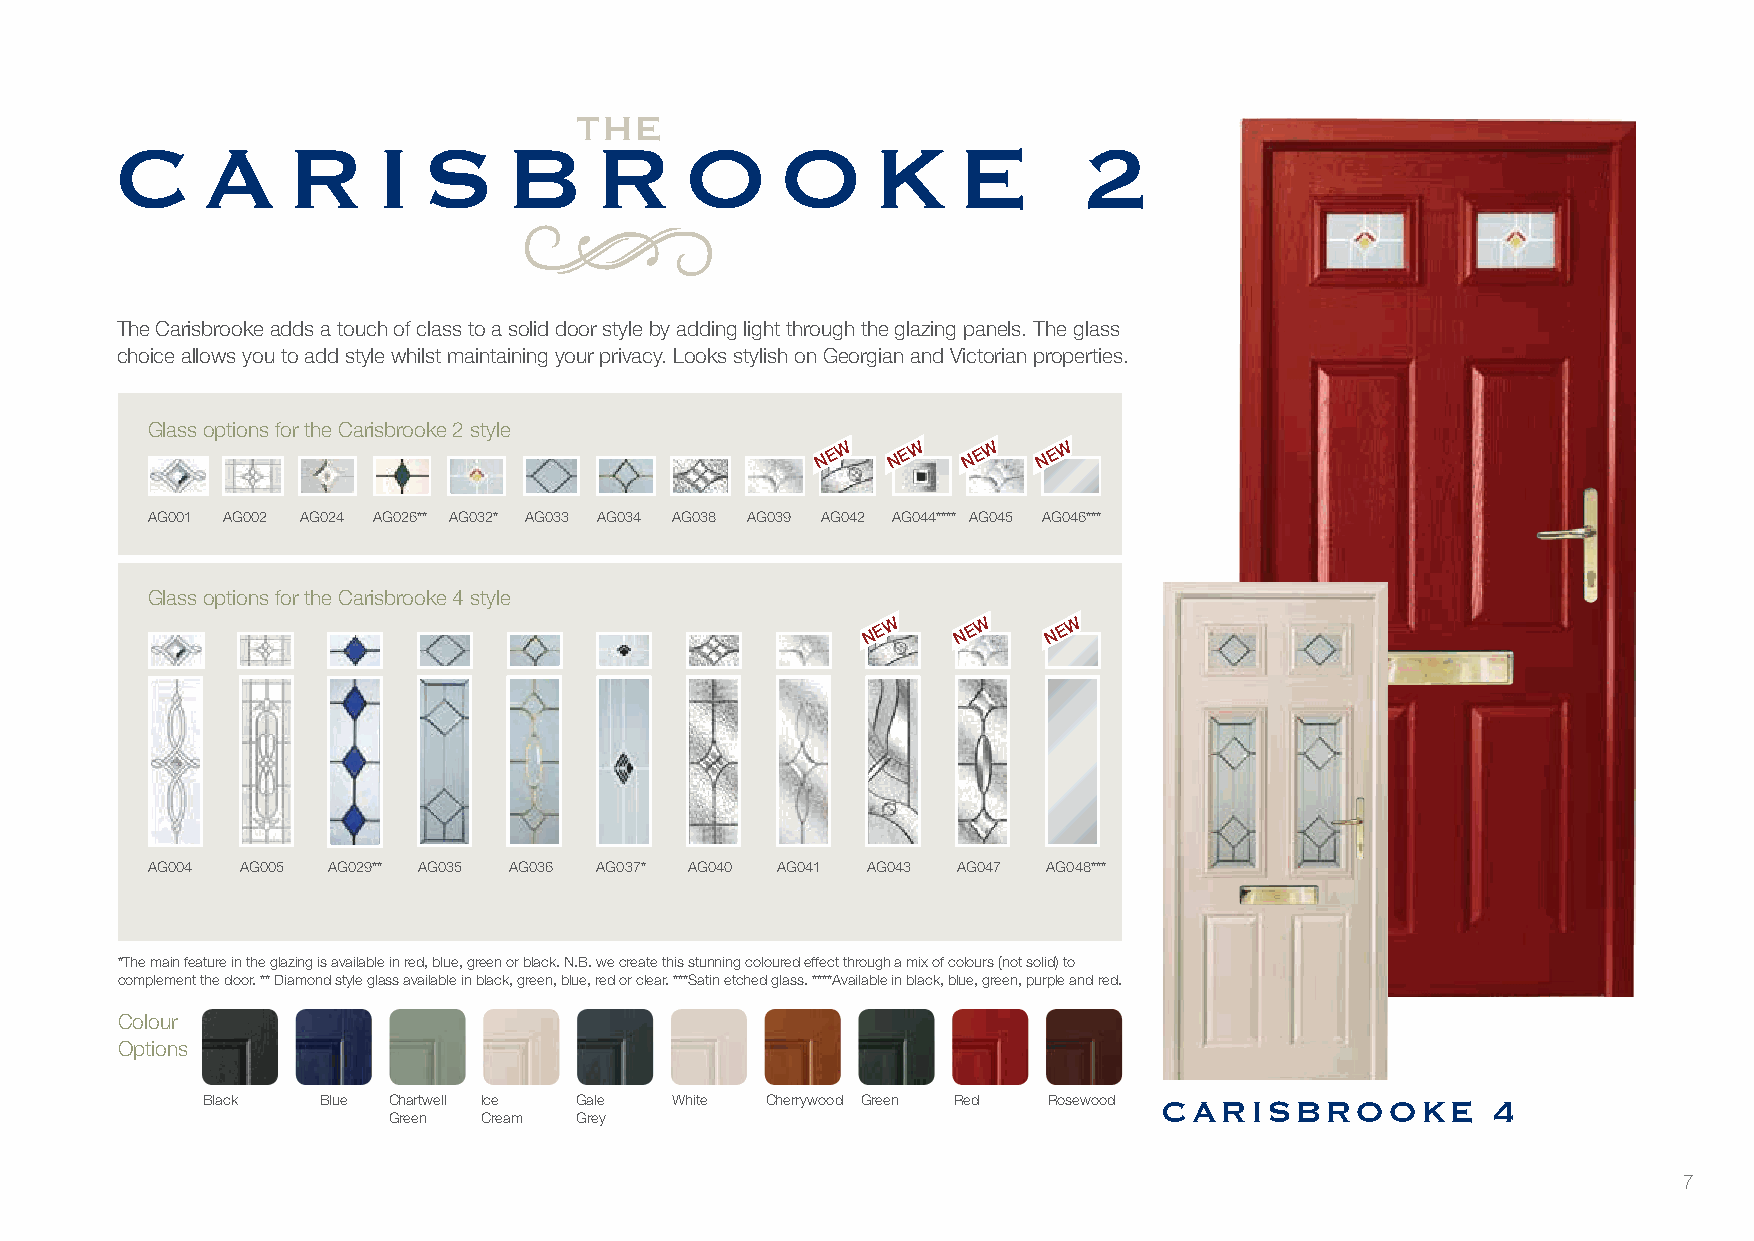
THE
 ca        r     i  sBr             o      o     kE          2
 The Carisbrooke adds a touch of class to a solid door style by adding light through the glazing panels. The glass
 choice allows you to add style whilst maintaining your privacy. Looks stylish on Georgian and Victorian properties.
 Glass options for the Carisbrooke 2 style
 W   W    W    W
 N E  N E  N E  N E
 AG001 AG002 AG024 AG026** AG032* AG033 AG034 AG038 AG039 AG042 AG044**** AG045 AG046***
 Glass options for the Carisbrooke 4 style
 W     W     W
 N E    N E  N E
 AG004 AG005 AG029** AG035 AG036 AG037* AG040 AG041 AG043 AG047 AG048***
 *The main feature in the glazing is available in red, blue, green or black. N.B. we create this stunning coloured effect through a mix of colours (not solid) to
 complement the door. ** Diamond style glass available in black, green, blue, red or clear. ***Satin etched glass. ****Available in black, blue, green, purple and red.
 Colour
 Options
 Black   Blue Chartwell Ice Gale White Cherrywood Green Red Rosewood carisBrookE      4
 Green Cream Grey
 7